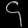
Digit: ၄